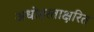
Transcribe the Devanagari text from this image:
अधोहस्ताक्षरित